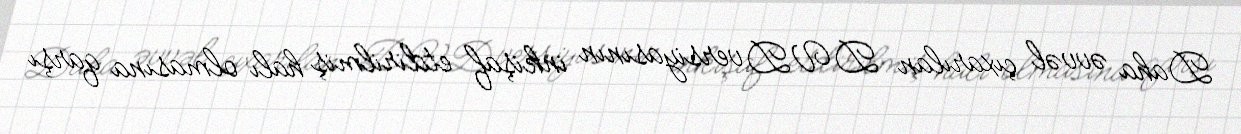
Daha əvvəl çıxarılan DVD versiyasının inkişaf etdirilmiş halı olmasına qarşı